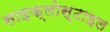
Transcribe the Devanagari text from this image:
साइक्लोस्टाइल